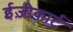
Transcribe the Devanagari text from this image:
ईज़ीकार्ट